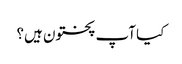
کیا آپ پختون ہیں؟